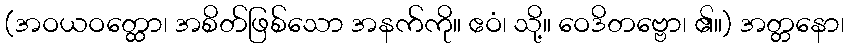
(အဝယဝတ္ထော၊ အစိတ်ဖြစ်သော အနက်ကို။ ဧဝံ၊ သို့။ ဝေဒိတဗ္ဗော၊ ၏။) အတ္တနော၊